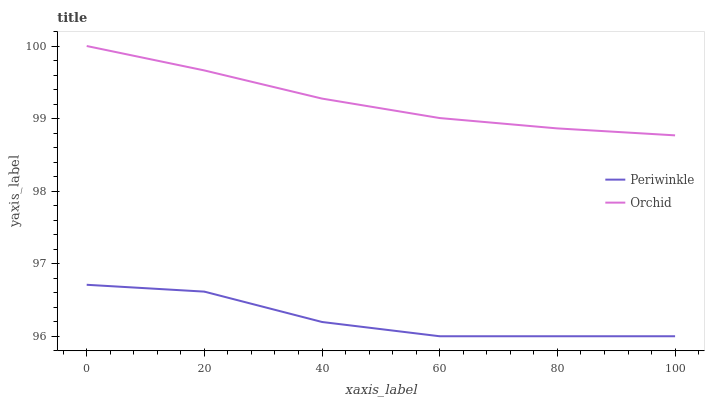
| xaxis_label | Periwinkle | Orchid |
 | --- | --- | --- |
 | 0 | 96.7 | 100 |
 | 20 | 96.6 | 99.7 |
 | 40 | 96.2 | 99.3 |
 | 60 | 96 | 99 |
 | 80 | 96 | 98.9 |
 | 100 | 96 | 98.8 |